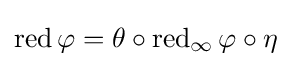
\operatorname {red} \varphi =\theta \circ \operatorname {red} _{\infty }\varphi \circ \eta